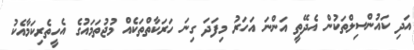
އަދި ކައުންސިލްތަކުން އެދޭތީ އަންނަ އަހަރު މިފަދަ ގިނަ ހަރަކާތްތަކެއް މުޖުތަމައުގެ އެހީތެރިކަމާއެކު